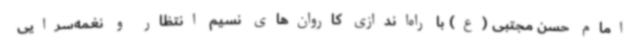
امام حسن مجتبی (ع) با راه‌اندازی کاروان‌های نسیم انتظار و نغمه‌سرایی